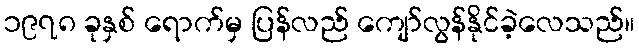
၁၉၇၈ ခုနှစ် ရောက်မှ ပြန်လည် ကျော်လွန်နိုင်ခဲ့လေသည်။